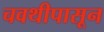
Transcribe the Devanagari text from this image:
चवथीपासून